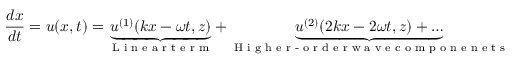
\frac { d \boldsymbol { x } } { d t } = \boldsymbol { u } ( \boldsymbol { x } , t ) = \underbrace { \boldsymbol { u } ^ { ( 1 ) } ( k x - \omega t , z ) } _ { \textnormal { L i n e a r t e r m } } + \underbrace { \boldsymbol { u } ^ { ( 2 ) } ( 2 k x - 2 \omega t , z ) + \ldots } _ { \textnormal { H i g h e r - o r d e r w a v e c o m p o n e n e t s } }